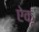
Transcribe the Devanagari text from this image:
ऐकूं